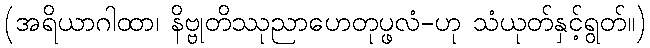
(အရိယာဂါထာ၊ နိဗ္ဗုတိဿုညာဟေတုပ္ဖလံ-ဟု သံယုတ်နှင့်ရွတ်။)